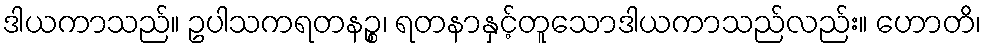
ဒါယကာသည်။ ဥပါသကရတနဉ္စ၊ ရတနာနှင့်တူသောဒါယကာသည်လည်း။ ဟောတိ၊